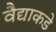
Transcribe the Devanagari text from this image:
वैद्याकडे